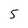
Character: 5